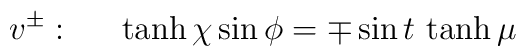
v^\pm:~~~~\tanh \chi \sin\phi = \mp \sin t \, \tanh\mu